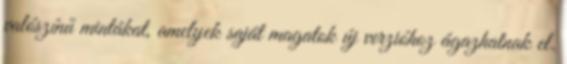
valószínű mintákat, amelyek saját magatok új verzióhoz ágazhatnak el.